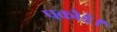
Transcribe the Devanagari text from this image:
पकौड़े।